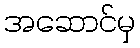
အဆောင်မှ